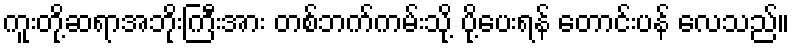
ကူးတို့ဆရာအဘိုးကြီးအား တစ်ဘက်ကမ်းသို့ ပို့ပေးရန် တောင်းပန် လေသည်။